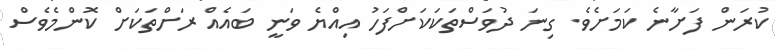
ކުރަން ފަށާނެ ކަމަށެވެ. ގިނަ ދުވަސްތަކަކަށްފަހު އިއްޔެ ވަނީ ބައެއް ރަށްތަކަށް ކޮންމެވެސް